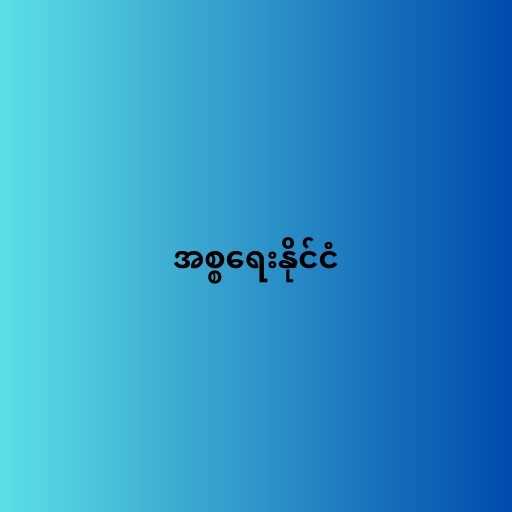
အစ္စရေးနိုင်ငံ